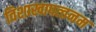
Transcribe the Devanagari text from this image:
विशाखापत्‍तनम